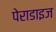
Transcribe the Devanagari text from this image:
पेराडाइज